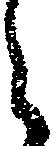
之